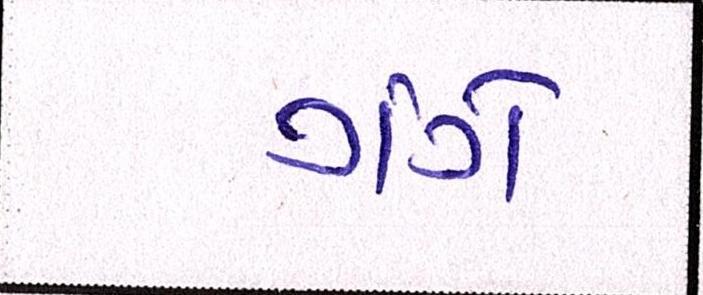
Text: ગંગે